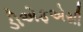
ડીએફએસી